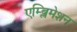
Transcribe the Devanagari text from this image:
एम्ब्लिमेशन